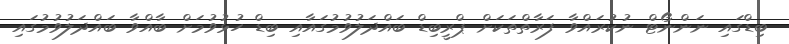
ބިޑްގައި ނަންނޯޓް ނުކުރައްވާ ފަރާތްތަކަށް ޕްރީބިޑް ބައްދަލުވުމުގައާއި ބިޑް ހުޅުވުމަށް ބާއްވާ ބައްދަލުވުމުގައި